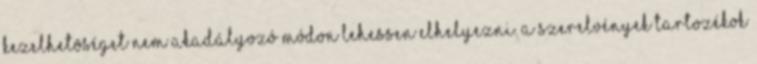
kezelhetõséget nem akadályozó módon lehessen elhelyezni. A szerelvények tartozékok